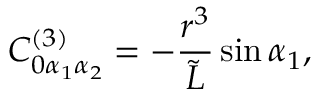
C _ { 0 \alpha _ { 1 } \alpha _ { 2 } } ^ { ( 3 ) } = - \frac { r ^ { 3 } } { { \tilde { L } } } \sin { \alpha _ { 1 } } ,